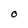
Character: O